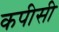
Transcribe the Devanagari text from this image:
कपीसी